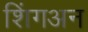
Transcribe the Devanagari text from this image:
शिंगअन